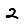
Digit: 2